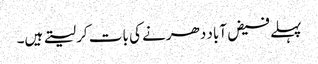
پہلے فیض آباد دھرنے کی بات کر لیتے ہیں۔